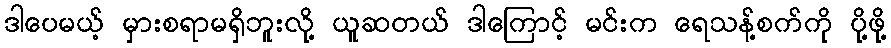
ဒါပေမယ့် မှားစရာမရှိဘူးလို့ ယူဆတယ် ဒါကြောင့် မင်းက ရေသန့်စက်ကို ပို့ဖို့